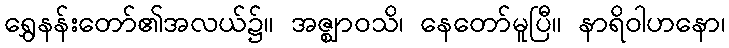
ရွှေနန်းတော်၏အလယ်၌။ အဇ္ဈာဝသိ၊ နေတော်မူပြီ။ နာရိဝါဟနော၊